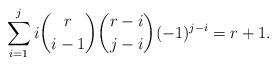
LaTeX: \begin{align*}\sum_{i=1}^j i{r \choose {i-1}}{{r-i} \choose {j-i}}(-1)^{j-i}=r+1.\end{align*}